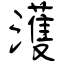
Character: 濩